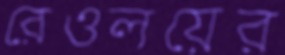
রেওলয়ের